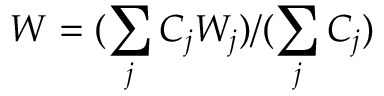
W = ( \sum _ { j } C _ { j } W _ { j } ) / ( \sum _ { j } C _ { j } )